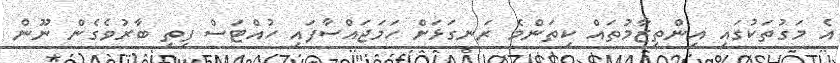
އެ މަގުތަކުގައި އިންތިޒާމުތައް ކިތަންމެ ރަނގަޅަށް ހަމަޖައްސާފައި ހުއްޓަސް ފިތި ބާރުވެގެން ނޫން